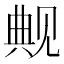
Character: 觍